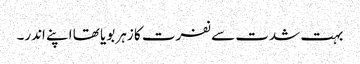
بہت شدت سے نفرت کا زہر بویا تھا اپنے اندر۔